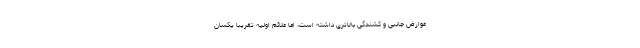
عوارض جانبی و کشندگی بالاتری داشته است، اما علائم اولیه تقریبا یکسان